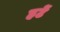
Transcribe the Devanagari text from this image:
हटें